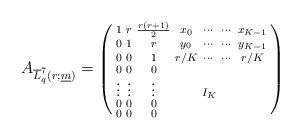
LaTeX: \begin{align*}A_{\overline{L}_q^{7}(r;\underline{m})}= \begin{psmallmatrix}1 & r & \frac{r(r+1)}{2} & x_0 & \cdots & \cdots & x_{K-1} \\0 & 1 & r & y_0 & \cdots & \cdots & y_{K-1}\\0 & 0 & 1 & r/K & \cdots & \cdots & r/K \\0 & 0 & 0 & & & & \\\vdots & \vdots & \vdots & & I_{K} & & \\0 & 0 & 0 & & & & \\0 & 0 & 0 & & & & \end{psmallmatrix}\end{align*}